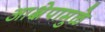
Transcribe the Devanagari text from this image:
आक्षेपामुळे